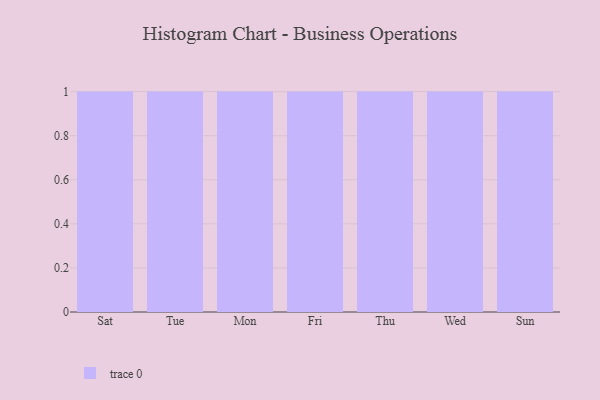
{"axis": {"x": "Day", "y": "Revenue (USD Million)"}, "legend": [""], "data": [{"x": "Sat", "y": 64, "type": ""}, {"x": "Tue", "y": 28, "type": ""}, {"x": "Mon", "y": 53, "type": ""}, {"x": "Fri", "y": 61, "type": ""}, {"x": "Thu", "y": 34, "type": ""}, {"x": "Wed", "y": 59, "type": ""}, {"x": "Sun", "y": 94, "type": ""}]}